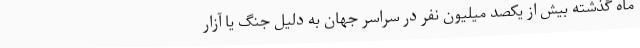
ماه گذشته بیش از یکصد میلیون نفر در سراسر جهان به دلیل جنگ یا آزار